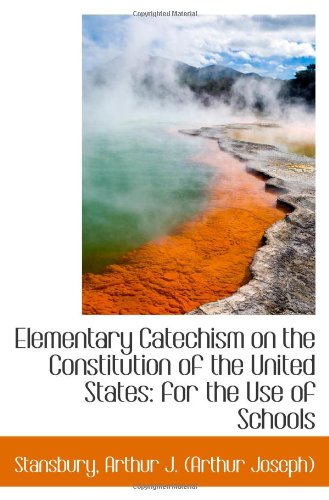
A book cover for Elementary Catechism on the Constitution of the United States: for the Use of Schools; Arthur J. Stansbury; Test Preparation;